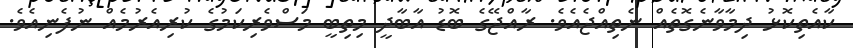
ކާއެތިކޮޅު ދިމާވާނެގޮތެއް ނެތިއްޖެއެވެ. ރާއްޖޭގެ ބޮޑު އާބާދީ މިތިބީ މަސްވެރިކަމުގެ ކުރިއެރުމެއް ނުފެނިއެވެ.